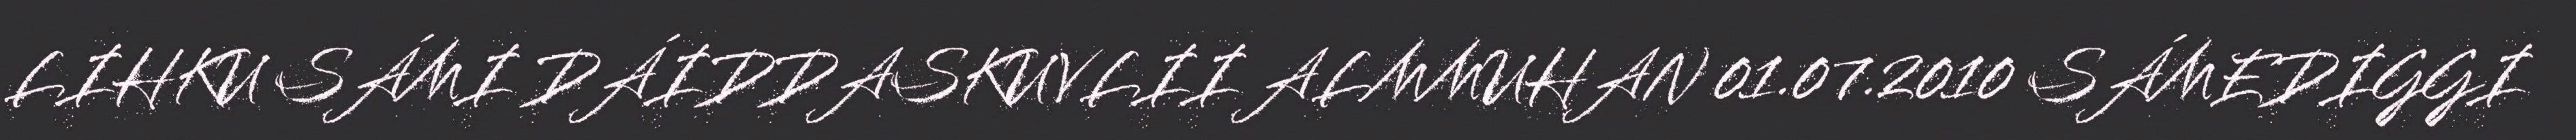
LIHKU SÁMI DÁIDDASKUVLII ALMMUHAN 01.07.2010 SÁMEDIGGI